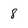
Character: 8